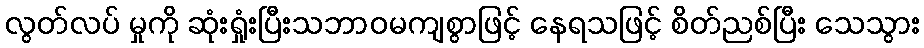
လွတ်လပ် မှုကို ဆုံးရှုံးပြီးသဘာဝမကျစွာဖြင့် နေရသဖြင့် စိတ်ညစ်ပြီး သေသွား